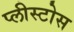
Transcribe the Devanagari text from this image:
प्लीस्टोस